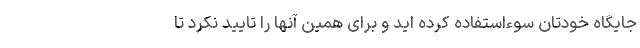
جایگاه خودتان سوءاستفاده کرده اید و برای همین آنها را تایید نکرد تا